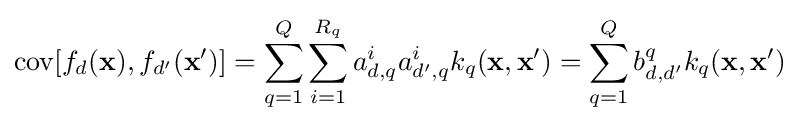
\operatorname {cov} [f_{d}({\textbf {x}}),f_{d'}({\textbf {x}}')]=\sum _{q=1}^{Q}{\sum _{i=1}^{R_{q}}{a_{d,q}^{i}a_{d',q}^{i}k_{q}({\textbf {x}},{\textbf {x}}')}}=\sum _{q=1}^{Q}{b_{d,d'}^{q}k_{q}({\textbf {x}},{\textbf {x}}')}